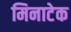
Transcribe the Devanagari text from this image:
मिनाटेक